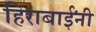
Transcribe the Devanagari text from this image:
हिराबाईंनी